Civil Veterinary Department. United Provinces 1932-42 - 1932-1942
Year: 1932
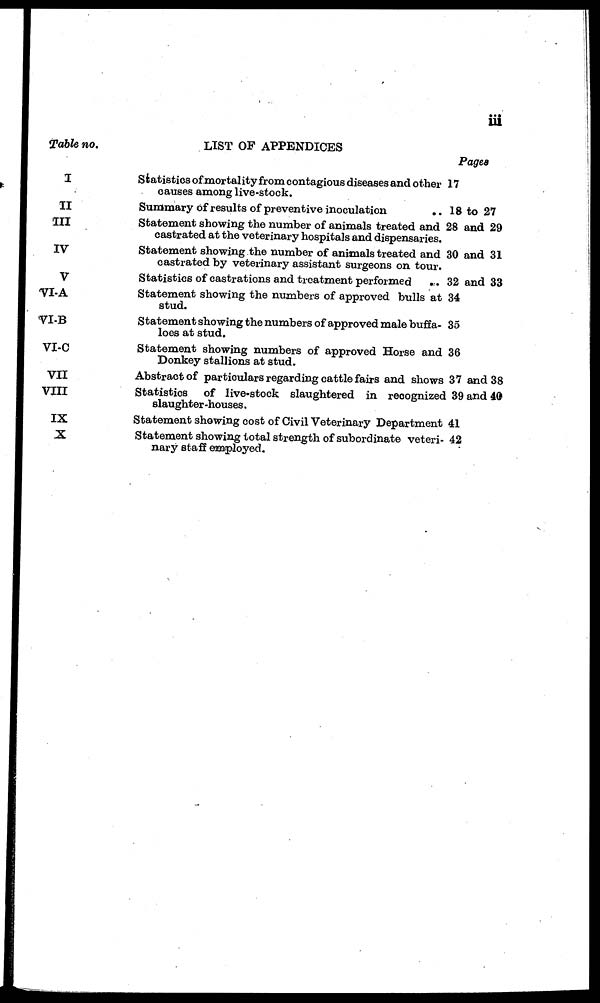
iii
Table no.
I
II
III
IV
V
VI-A
VI-B
VI-C
VII
VIII
IX
X
LIST OF APPENDICES
Statistics of mortality from contagious diseases and other
causes among live-stock.
Summary of results of preventive inoculation
..
Statement showing the number of animals treated and
castrated at the veterinary hospitals and dispensaries.
Statement showing the number of animals treated and
castrated by veterinary assistant surgeons on tour.
Statistics of castrations and treatment performed
..
Statement showing the numbers of approved bulls at
stud.
Statement showing the numbers of approved male buffa-
loes at stud.
Statement showing numbers of approved Horse and
Donkey stallions at stud.
Abstract of particulars regarding cattle fairs and shows
Statistics
of live-stock slaughtered in recognizee
slaughter-houses.
Statement showing cost of Civil Veterinary Department
Statement showing total strength of subordinate veteri-
nary staff employed.
Pages
17
18 to 27
28 and 29
30 and 31
32 and 33
34
35
36
37 and 38
39 and 40
41
42